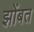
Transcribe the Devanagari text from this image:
झोंबत